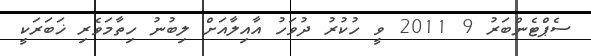
ސެޕްޓެންބަރު 9 2011 ވީ ހުކުރު ދުވަހު އާއިލާއަށް ލިބުނު ހިތާމަވެރި ޚަބަރަކީ